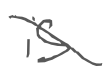
Text: is
Cross-out: diagonal
Writing tool: digital_gray